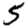
Digit: 5